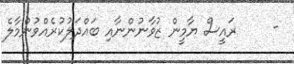
-     ރައީސް ޔާމީން ޒުވާނުންނާއި ބައްދަލުކުރެއްވުންމާލެ